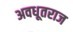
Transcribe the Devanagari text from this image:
अवधूतराज